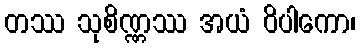
တဿ သုစိဏ္ဏဿ အယံ ဝိပါကော၊